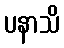
ပနာသိ